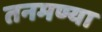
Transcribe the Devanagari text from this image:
तनमण्या